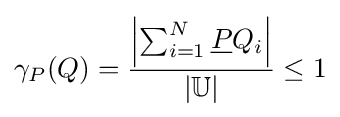
\gamma _{P}(Q)={\frac {\left|\sum _{i=1}^{N}{\underline {P}}Q_{i}\right|}{\left|\mathbb {U} \right|}}\leq 1